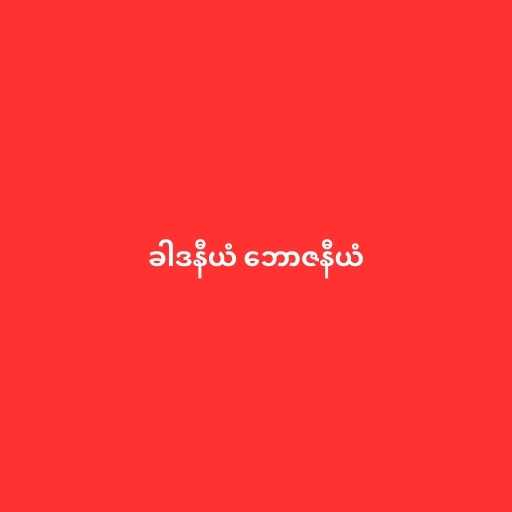
ခါဒနီယံ ဘောဇနီယံ